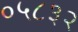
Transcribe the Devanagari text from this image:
०५८३२